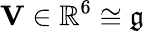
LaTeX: \mathbf{V}\in{\mathbb{R}}^{6}\cong\mathfrak{g}